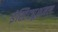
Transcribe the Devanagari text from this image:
इंस्टिट्यूशनल